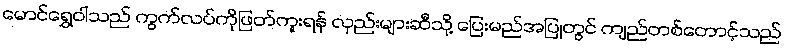
မောင်ရွှေဝါသည် ကွက်လပ်ကိုဖြတ်ကူးရန် လှည်းများဆီသို့ ပြေးမည်အပြုတွင် ကျည်တစ်တောင့်သည်